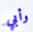
وأبي